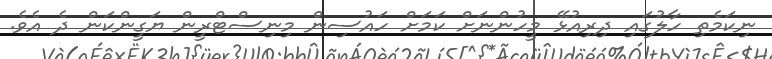
ނިކަމެތި ހާލުގައި ދިރިއުޅޭ މީހުންނަށް ކަމަށް ހައުސިން މިނިސްޓްރީން ޔަގީންކަން ދެ އެވެ.